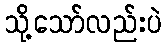
သို့သော်လည်းပဲ